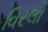
વિરલો